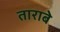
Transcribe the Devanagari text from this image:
ताराबे